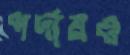
পর্দায়ও